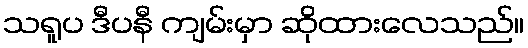
သရူပ ဒီပနီ ကျမ်းမှာ ဆိုထားလေသည်။